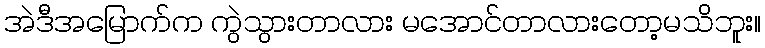
အဲဒီအမြောက်က ကွဲသွားတာလား မအောင်တာလားတော့မသိဘူး။